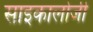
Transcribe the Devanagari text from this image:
साइकालोजी